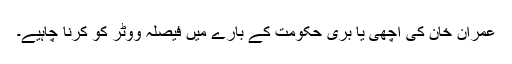
عمران خان کی اچھی یا بری حکومت کے بارے میں فیصلہ ووٹر کو کرنا چاہیے۔